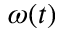
\omega ( t )